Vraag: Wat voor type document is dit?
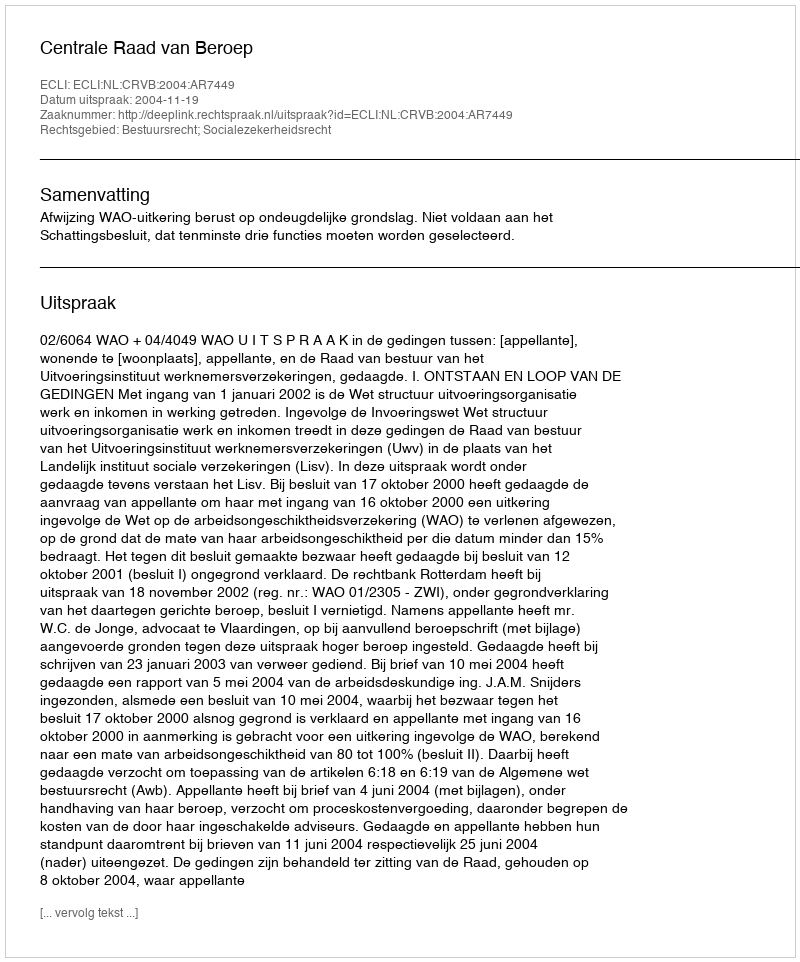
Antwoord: Uitspraak